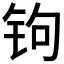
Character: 𰽭